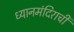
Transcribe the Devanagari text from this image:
ध्यानमंदिराची